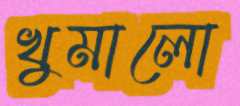
খুমালো